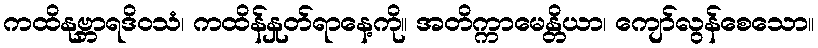
ကထိနုဗ္ဘာရဒိဝသံ၊ ကထိန်နှုတ်ရာနေ့ကို။ အတိက္ကာမေန္တိယာ၊ ကျော်လွန်စေသော။